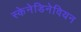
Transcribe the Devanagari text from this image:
स्केनेडिनेवियन